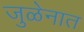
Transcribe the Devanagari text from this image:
जुळेनात